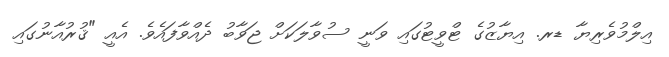
އިލްމުވެރިޔާ ޑރ. އިޔާޒުގެ ޓްވީޓުގައި ވަނީ ސުވާލަކަށް ޖަވާބު ދެއްވާފައެވެ. އެއީ "ޤުރުއާނުގައި